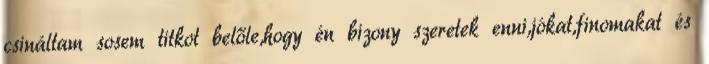
csináltam sosem titkot belőle,hogy én bizony szeretek enni,jókat,finomakat és